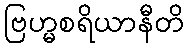
ဗြဟ္မစရိယာနီတိ